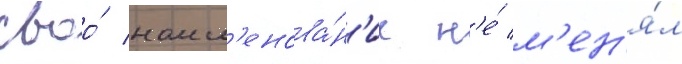
своо́ наим'енова́н'ие н'е́ м'ен'я́л